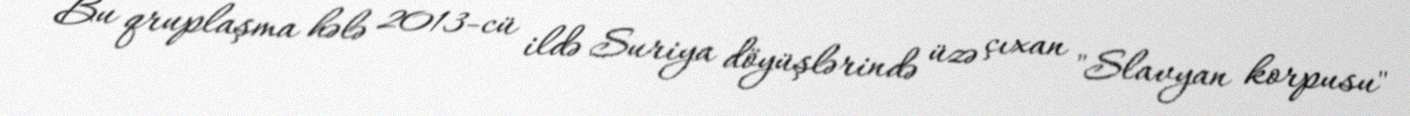
Bu qruplaşma hələ 2013-cü ildə Suriya döyüşlərində üzə çıxan "Slavyan korpusu"